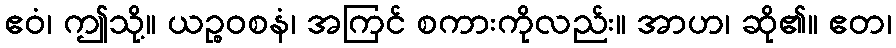
ဧဝံ၊ ဤသို့။ ယဉ္စဝစနံ၊ အကြင် စကားကိုလည်း။ အာဟ၊ ဆို၏။ ဧတ၊